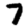
Digit: 7